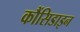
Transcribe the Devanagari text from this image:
कौंसिडाइन